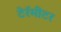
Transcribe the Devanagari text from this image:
टेरॅमीटर